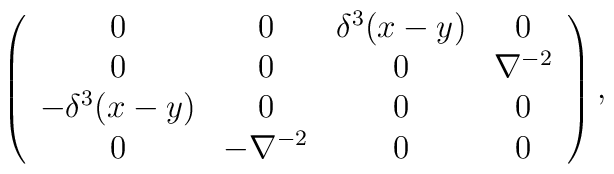
\left( \begin{array}{cccc}0 & 0 & \delta ^{3}(x-y) & 0 \\ 0 & 0 & 0 & \nabla ^{-2} \\ -\delta ^{3}(x-y) & 0 & 0 & 0 \\ 0 & -\nabla ^{-2} & 0 & 0\end{array}\right) ,